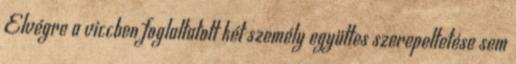
Elvégre a viccben foglaltatott két személy együttes szerepeltetése sem